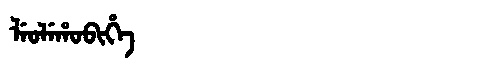
Manchu: ᠯᡝᠣᠯᡝᡥᠣᠪᡳᡥᡝ
Romanization: LEOLEHOBIHE